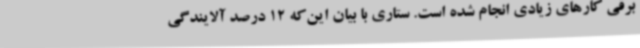
برقی کارهای زیادی انجام شده است. ستاری با بیان این‌که 12 درصد آلایندگی